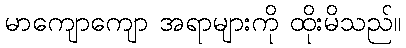
မာကျောကျော အရာများကို ထိုးမိသည်။